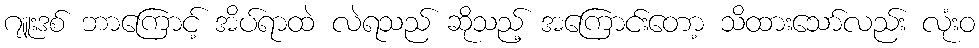
ဂျူးဒစ် ဘာကြောင့် အိပ်ရာထဲ လဲရသည် ဆိုသည့် အကြောင်းတော့ သိထားသော်လည်း လုံးဝ